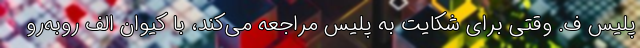
پلیس ف. وقتی برای شکایت به پلیس مراجعه می‌کند، با کیوان الف روبه‌رو